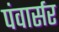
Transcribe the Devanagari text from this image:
पंवार्सर